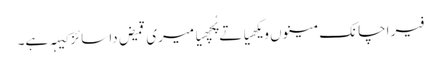
فیر اچانک مینوں ویکھیا تے پُچھیا میری قمیض دا سائز کیہہ ہے۔